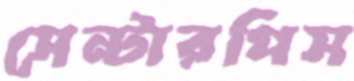
সেন্টারপিস